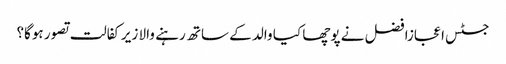
جسٹس اعجازافضل نے پوچھا کیا والد کے ساتھ رہنے والا زیرکفالت تصور ہوگا؟